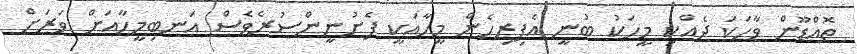
ތޮއްޑޫން ވާހަކަ ދެއްކި މީހަކު ބުނީ އެފިރިހެން މީހާއަކީ ފެށުނީންސުރެވެސް އަނބިމީހާއަށް ވަރަށް